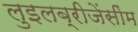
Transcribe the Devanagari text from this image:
लुइलब्रीजेंसींम